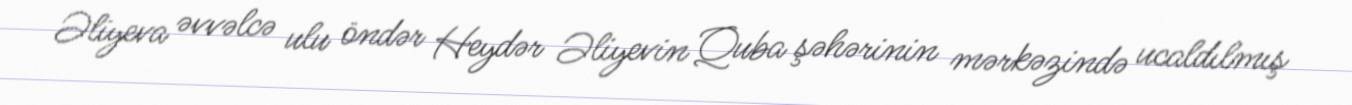
Əliyeva əvvəlcə ulu öndər Heydər Əliyevin Quba şəhərinin mərkəzində ucaldılmış